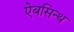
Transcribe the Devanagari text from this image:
ऐबसिन्थ